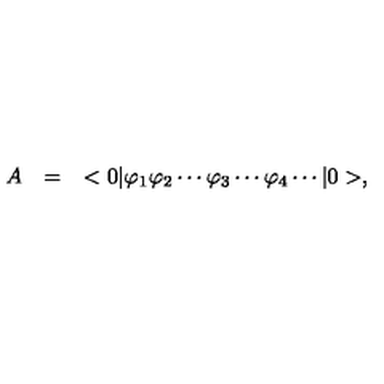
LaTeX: \begin{array} { r c l } { A } & { = } & { < 0 | \varphi _ { 1 } \varphi _ { 2 } \cdots \varphi _ { 3 } \cdots \varphi _ { 4 } \cdots | 0 > , } \\ \end{array}